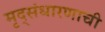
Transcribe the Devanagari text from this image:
मृद्संधारणाची